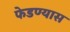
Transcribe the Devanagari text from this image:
फेडण्यास